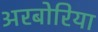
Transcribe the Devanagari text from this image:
अरबोरिया